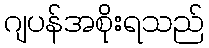
ဂျပန်အစိုးရသည်